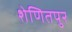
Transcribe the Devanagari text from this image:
शेणितपुर